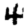
Digit: 4